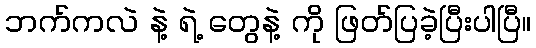
ဘက်ကလဲ နဲ့ ရဲ့ တွေနဲ့ ကို ဖြတ်ပြခဲ့ပြီးပါပြီ။